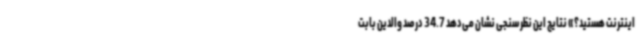
اینترنت هستید؟» نتایج این نظرسنجی نشان می‌دهد 34.7 درصد والدین بابت